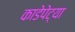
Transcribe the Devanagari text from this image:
काडेपेट्या